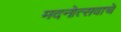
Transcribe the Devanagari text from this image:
मदनोत्सवाचे